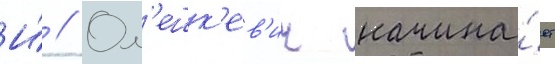
И́ // Ол'ешк'ев'ич начина́ет